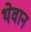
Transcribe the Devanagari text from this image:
थेवान